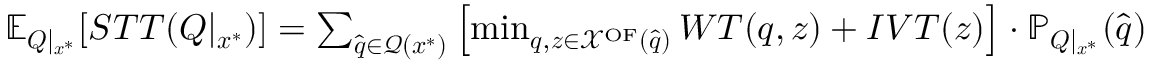
\begin{array} { r } { \mathbb { E } _ { \boldsymbol { Q } | _ { \boldsymbol { x } ^ { * } } } [ S T T ( \boldsymbol { Q } | _ { \boldsymbol { x } ^ { * } } ) ] = \sum _ { \hat { \boldsymbol { q } } \in \mathcal { Q } ( { \boldsymbol { x } ^ { * } } ) } \left[ \operatorname* { m i n } _ { \boldsymbol { q } , \boldsymbol { z } \in \mathcal { X } ^ { \mathrm { O F } } ( \hat { \boldsymbol { q } } ) } W T ( \boldsymbol { q } , \boldsymbol { z } ) + I V T ( \boldsymbol { z } ) \right] \cdot \mathbb { P } _ { \boldsymbol { Q } | _ { \boldsymbol { x } ^ { * } } } ( \hat { \boldsymbol { q } } ) } \end{array}